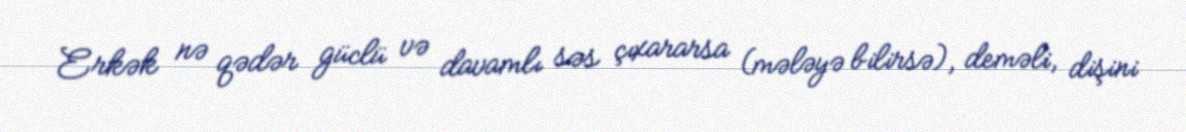
Erkək nə qədər güclü və davamlı səs çıxararsa (mələyə bilirsə), deməli, dişini